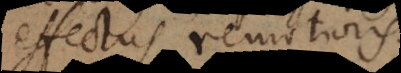
effectus remotioris;